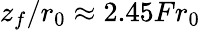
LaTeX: z_{f}/r_{0}\approx 2.45Fr_{0}